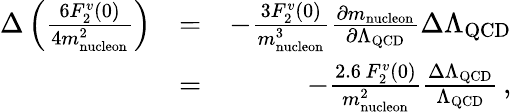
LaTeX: \begin{array}{rlr}{\Delta\left(\frac{6F_{2}^{v}(0)}{4m_{\mathrm{nucleon}}^{2}}\right)}&{=}&{-\frac{3F_{2}^{v}(0)}{m_{\mathrm{nucleon}}^{3}}\frac{\partial m_{\mathrm{nucleon}}}{\partial\Lambda_{\mathrm{QCD}}}\Delta\Lambda_{\mathrm{QCD}}}\\ &{=}&{-\frac{2.6\, F_{2}^{v}(0)}{m_{\mathrm{nucleon}}^{2}}\frac{\Delta\Lambda_{\mathrm{QCD}}}{\Lambda_{\mathrm{QCD}}}\, ,}\end{array}